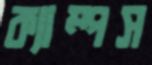
ক্যাম্পস